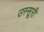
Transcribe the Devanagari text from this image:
उस्सूरी